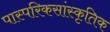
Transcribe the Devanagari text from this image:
पास्परिकसांस्कृतिक